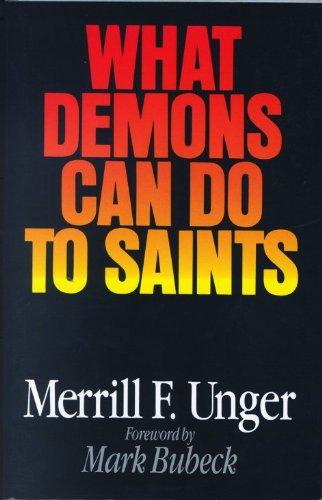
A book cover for What Demons Can Do to Saints; Merrill F. Unger; Religion & Spirituality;